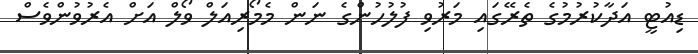
ޑިއުޓީ އަދާކުރުމުގެ ތެރޭގައި މަރުވި ފުލުހުންގެ ނަން މެމޯރިއަލް ވޯލް އަށް އެރުވުންވެސް